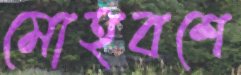
মোহবশে